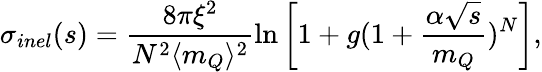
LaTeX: \sigma_{inel}(s)=\frac{8\pi\xi^{2}}{N^{2}\langle m_{Q}\rangle^{2}}\ln\left[1+{g}(1+\frac{\alpha\sqrt{s}}{m_{Q}})^{N}\right],